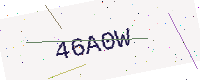
Text: 46A0W